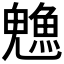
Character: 𬵙